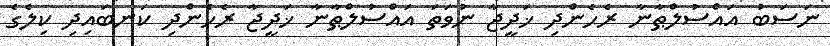
ނަސަބު އައްސުލްޠާނާ ރެހެންދި ޚަދީޖާ ނުވަތަ އައްސުލްޠާނާ ޚަދީޖާ ރެހެންދި ކަނބައިދި ކިލެގެ